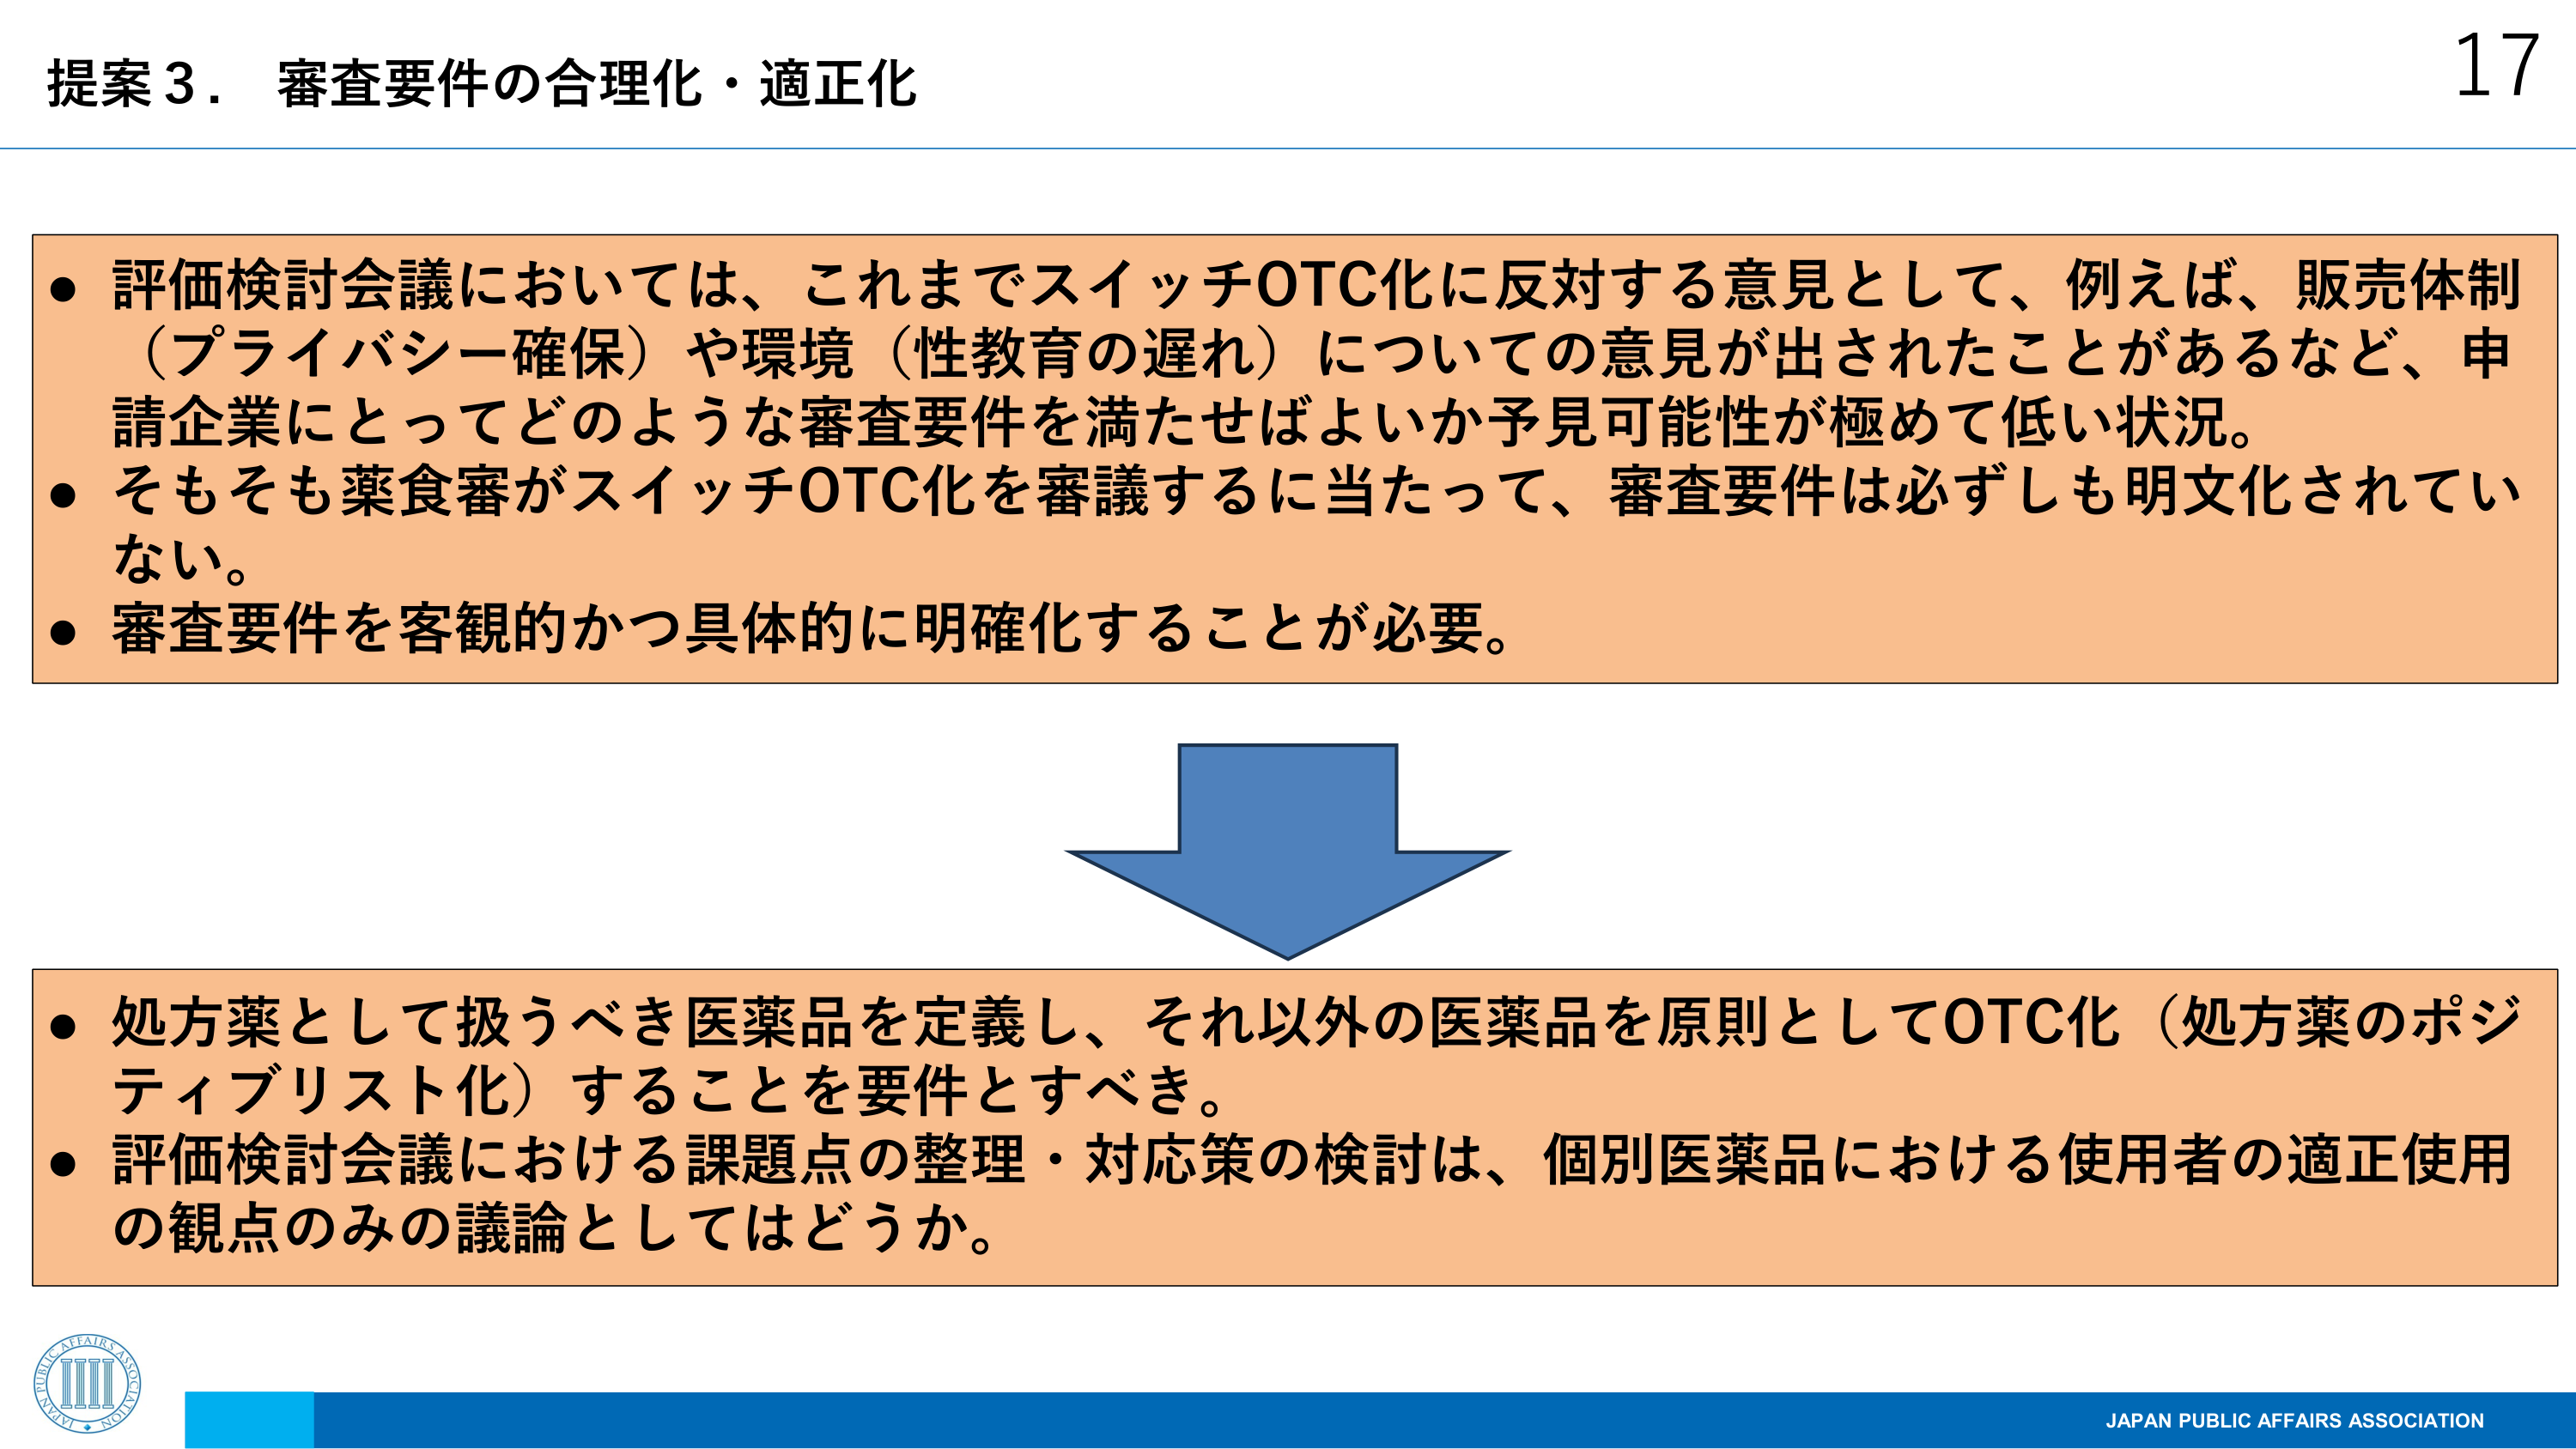
提案３．審査要件の合理化・適正化

● 評価検討会議においては、これまでスイッチOTC化に反対する意見として、例えば、販売体制（プライバシー確保）や環境（性教育の遅れ）についての意見が出されたことがあるなど、申請企業にとってどのような審査要件を満たせばよいか予見可能性が極めて低い状況。
● そもそも薬食審がスイッチOTC化を審議するに当たって、審査要件は必ずしも明文化されていない。
● 審査要件を客観的かつ具体的に明確化することが必要。

● 処方薬として扱うべき医薬品を定義し、それ以外の医薬品を原則としてOTC化（処方薬のポジティブリスト化）することを要件とすべき。
● 評価検討会議における課題点の整理・対応策の検討は、個別医薬品における使用者の適正使用の観点のみの議論としてはどうか。

17
JAPAN PUBLIC AFFAIRS ASSOCIATION